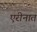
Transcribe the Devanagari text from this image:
एरीनात